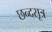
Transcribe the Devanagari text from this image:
छन्दसूत्र